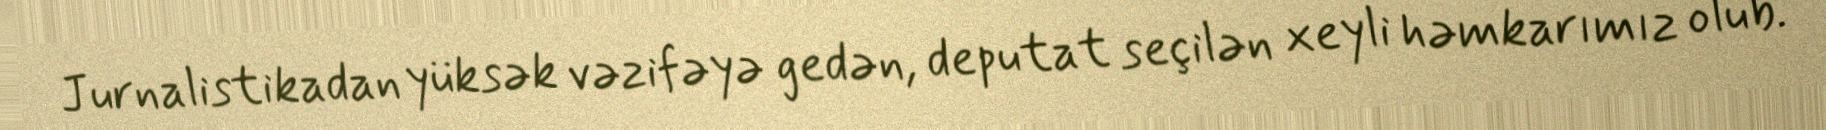
Jurnalistikadan yüksək vəzifəyə gedən, deputat seçilən xeyli həmkarımız olub.